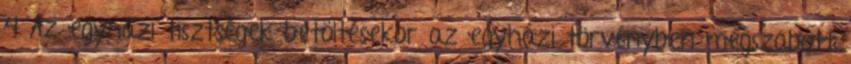
4 Az egyházi tisztségek betöltésekor az egyházi törvényben megszabott